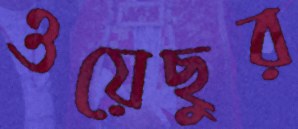
ওয়েছুর